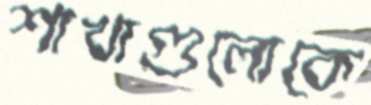
শাখাগুলোকে